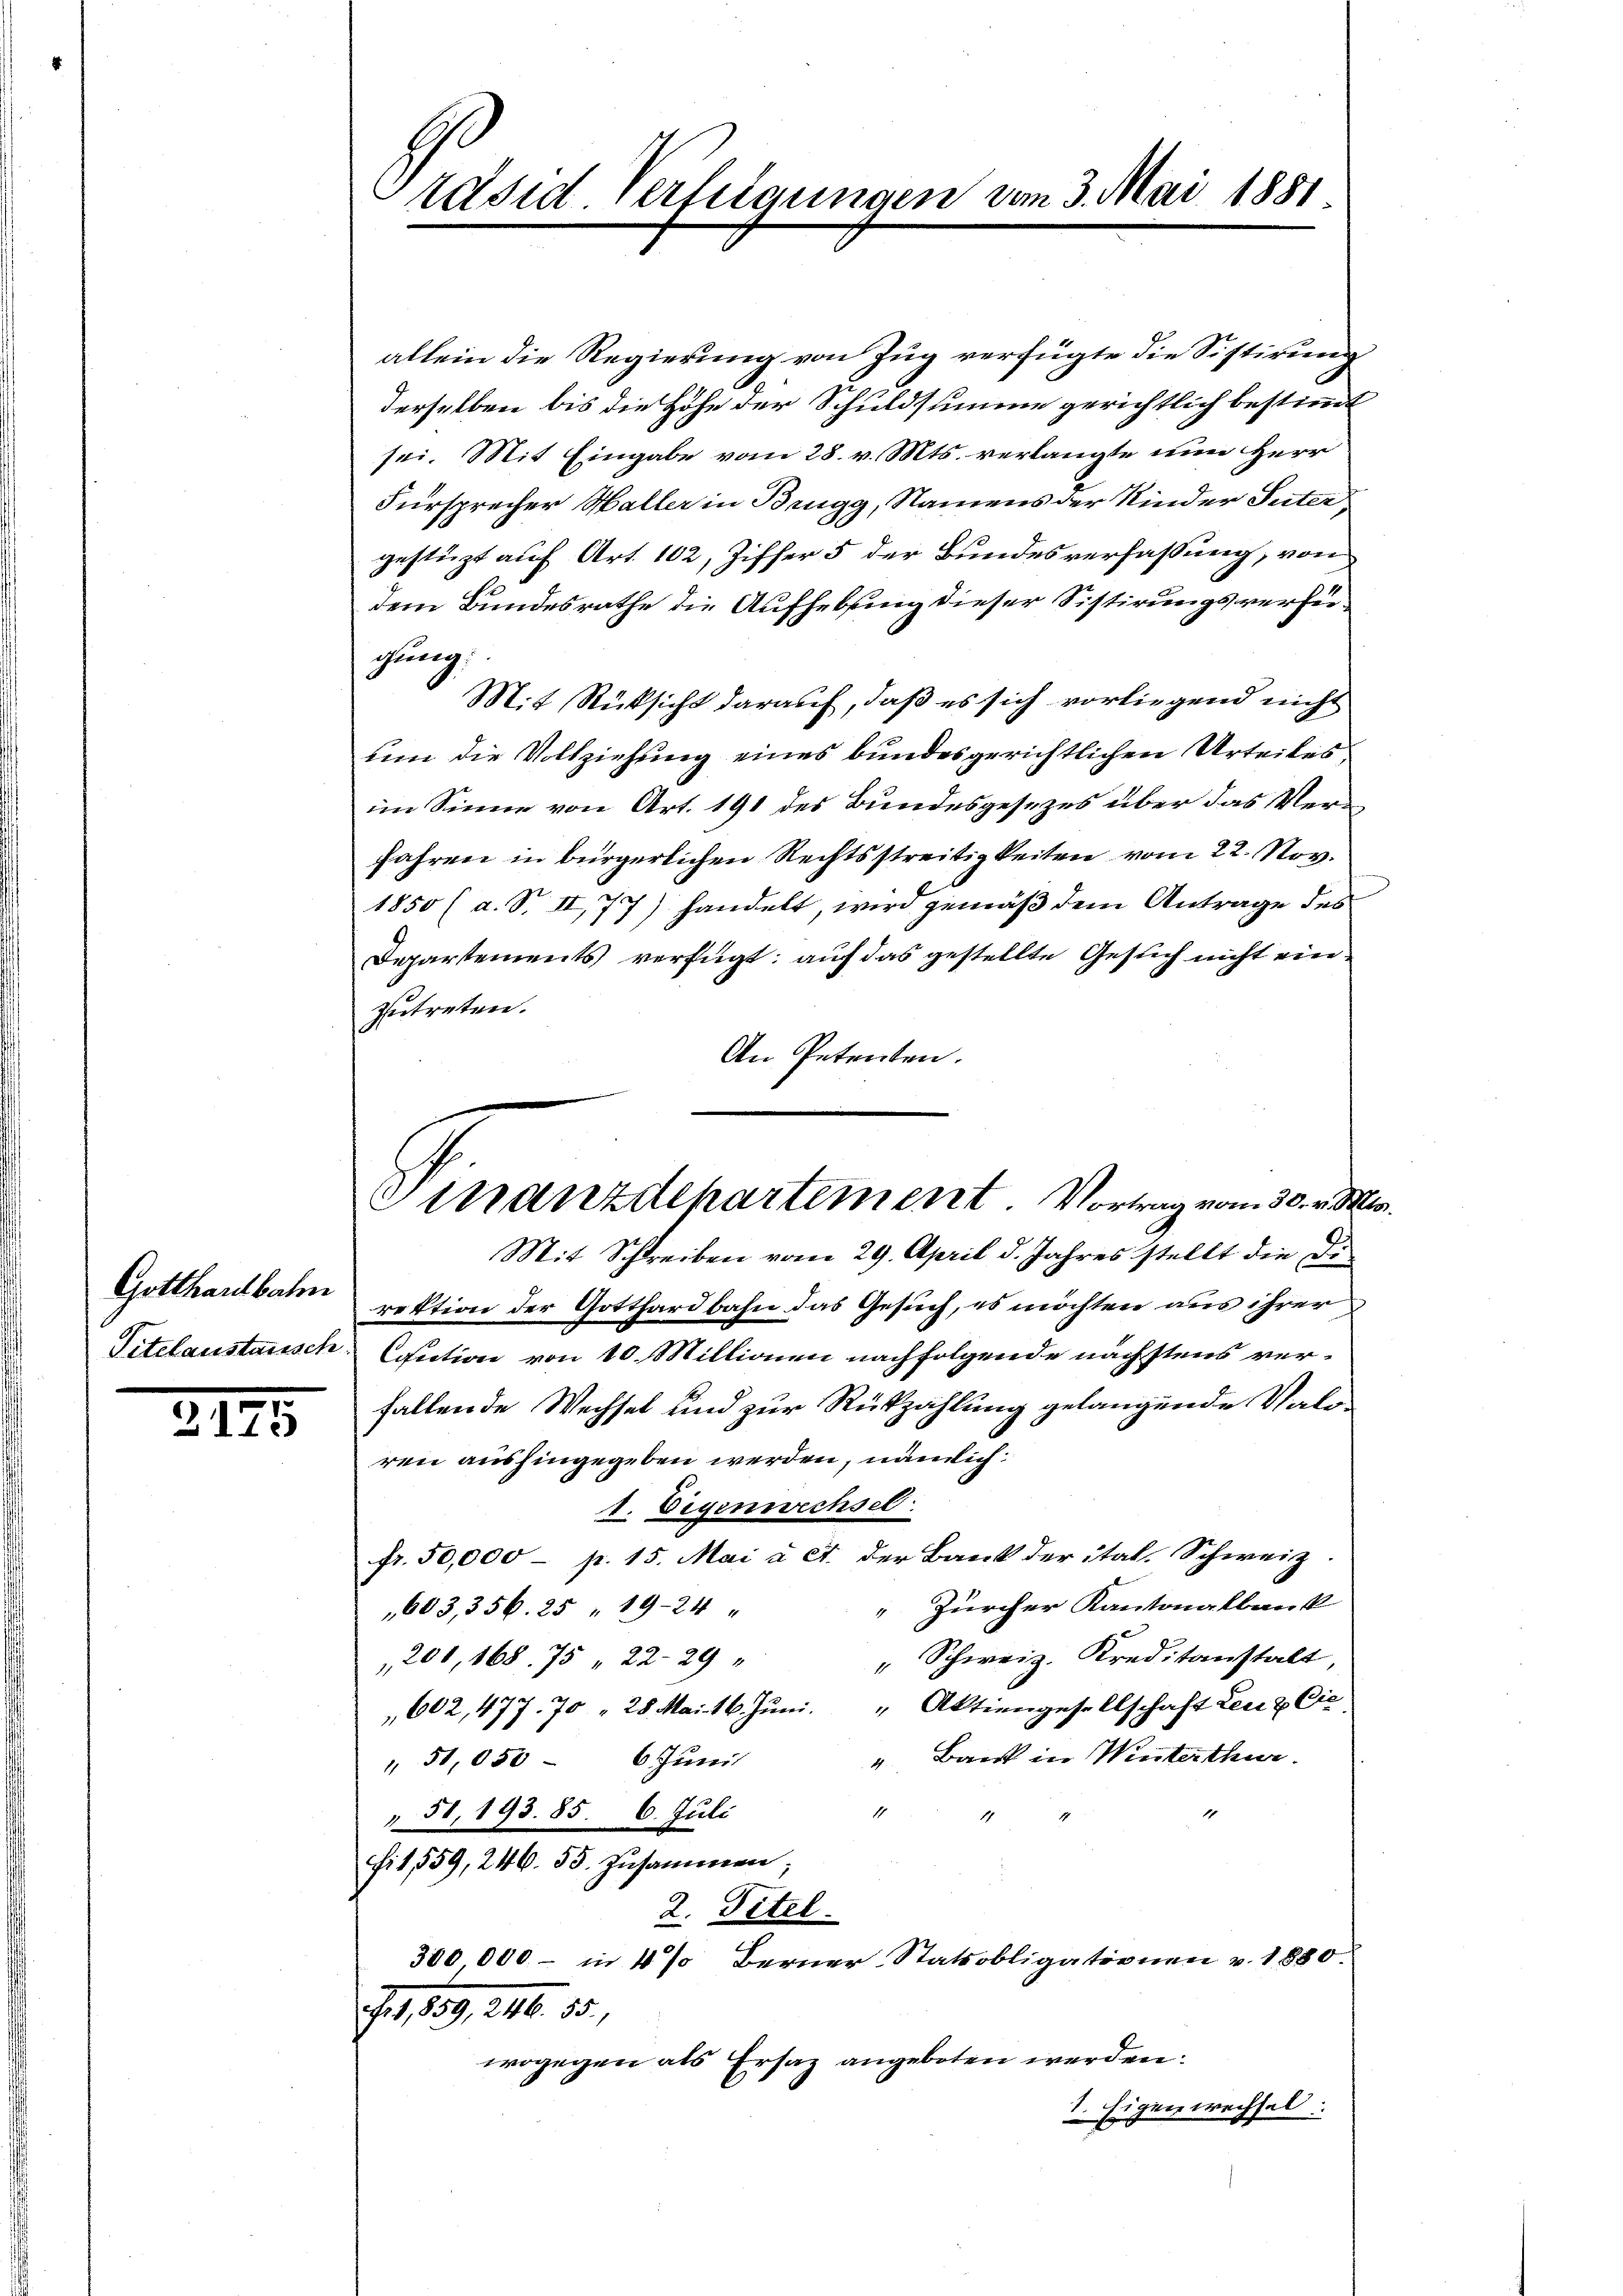
Gotthardbahn

2125

räsid Verfügungen vom 3. Mai 1881

Sinanzdepartement. Vortrag vom 30. v. Mts.

allein die Regierung von Zug verfügte die Sistirung
derselben bis die Höhe der Schuldsumme gerichtlich bestimmt
sei. Mit Eingabe vom 28. v. Mts. verlangte nun Herr
Fürsprecher Haller in Brugg, Namens der Kinder Suter
gestüzt auf Art. 102, Ziffer 5 der Bundesverfassung, von
dem Bundesrathe die Aufhebung dieser Sistirungsverfügung:
Mit Rücksicht darauf, daß es sich vorliegend nicht
um die Vollziehung eines bundesgerichtlichen Urteiles
im Sinne von Art. 191 des Bundesgesezes über das Verfahren in bürgerlichen Rechtsstreitigkeiten vom 22. Nov.
1850 (a. S. II, 77) handelt, wird gemäß dem Antrage des
Departements verfügt: auf das gestellte Gesuch nicht einzutreten.
An Petenten.
Mit Schreiben vom 29. April d. Jahres stellt die Direktion der Gotthardbahn das Gesuch, es möchten aus ihrer
Titelaustausch, Caution von 10. Millionen nachfolgende nächstens verfallende Wechsel und zur Rückzahlung gelangende Vale
ren aushingegeben werden, nämlich
1. Eigenwechsel
fr. 50,000 - p. 15. Mai à ct. der Bank der ital. Schweiz
Zürcher Kantonalbank
603, 356. 25 " 1924
" Schweiz. Kreditanstalt,
201, 168. 75 22-29
602, 477. 70 " 28 Mai 16. Juni. " Aktiengesellschaft Leu & Cie
" Bank in Winterthur.
51,050 - 6 Juni
1
" 51, 193. 85. 6. Juli
Sit 559, 246. 55. zusammen;
2. Titel.
300 000 - in 4 % Berner Statsobligationen v. 1880.
, 839, 16. 30.
wogegen als Ersaz angeboten werden:
 Eigen wechsel:
x